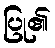
ပြု၏